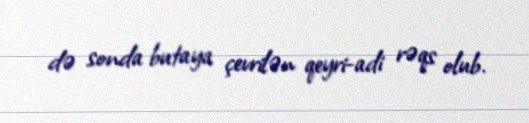
də sonda butaya çevrilən qeyri-adi rəqs olub.